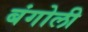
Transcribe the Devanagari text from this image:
बंगोली